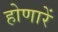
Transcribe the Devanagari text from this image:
होणारें